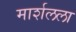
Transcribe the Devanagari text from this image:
मार्शलला